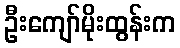
ဦးကျော်မိုးထွန်းက